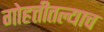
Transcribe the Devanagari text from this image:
गोहत्तीतल्याच